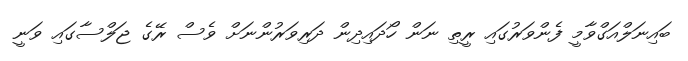
ބައިނަލްއަގްވާމީ ފެންވަރުގައި ރީތި ނަން ހޯދައިދިން ދަރިވަރުންނަށް ވެސް ރޭގެ ޖަލްސާގައި ވަނީ